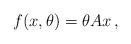
LaTeX: \begin{align*}f(x,\theta) = \theta Ax\,,\end{align*}